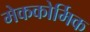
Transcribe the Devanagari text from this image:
मेककोर्मिक